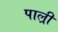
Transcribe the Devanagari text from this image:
पाल्र्री